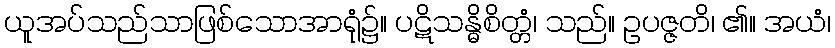
ယူအပ်သည်သာဖြစ်သောအာရုံ၌။ ပဋိသန္ဓိစိတ္တံ၊ သည်။ ဥပဇ္ဇတိ၊ ၏။ အယံ၊